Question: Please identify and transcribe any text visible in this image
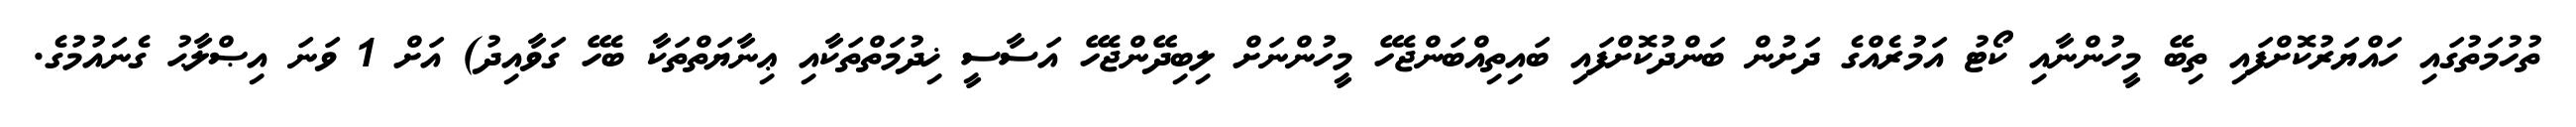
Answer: ތުހުމަތުގައި ހައްޔަރުކޮށްފައި ތިބޭ މީހުންނާއި ކޯޓު އަމުރެއްގެ ދަށުން ބަންދުކޮށްފައި ބައިތިއްބަންޖެހޭ މީހުންނަށް ލިބިދޭންޖެހޭ އަސާސީ ޚިދުމަތްތަކާއި ޢިނާޔަތްތަކާ ބެހޭ ގަވާއިދު) އަށް 1 ވަނަ އިޞްލާޙު ގެނައުމުގެ.